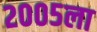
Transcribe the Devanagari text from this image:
२००५ला